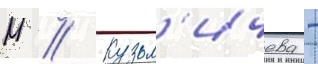
М // Кузьм'ичева -